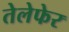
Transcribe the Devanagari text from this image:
तेलेफेर